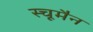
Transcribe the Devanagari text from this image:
स्चूमैन